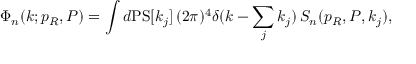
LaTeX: \Phi _ { n } ( k ; p _ { R } , P ) = \int d \mathrm { P S } [ k _ { j } ] \, ( 2 \pi ) ^ { 4 } \delta ( k - \sum _ { j } k _ { j } ) \, S _ { n } ( p _ { R } , P , k _ { j } ) ,